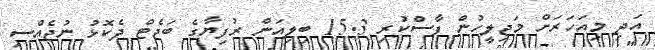
އަދި މިއަހަރަށް މަޖިލީހުން ފާސްކުރި 15.3 ބިލިއަން ރުފިޔާގެ ބަޖެޓް ދެކޮޅު ނުޖެއްސި